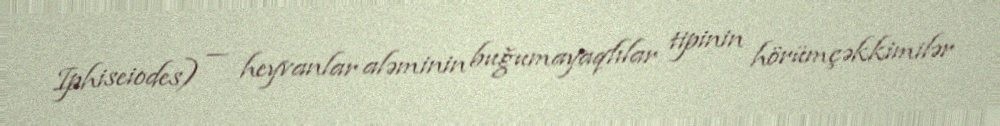
Iphiseiodes) — heyvanlar aləminin buğumayaqlılar tipinin hörümçəkkimilər